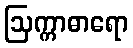
ဩက္ကာဓာရော